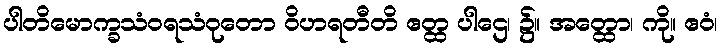
ပါတိမောက္ခသံဝရသံဝုတော ဝိဟရတီတိ ဧတ္ထ ပါဌေ၊ ၌။ အတ္ထော၊ ကို။ ဧဝံ၊